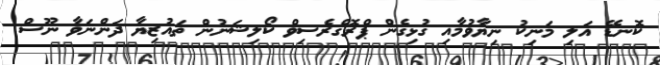
ކޮނޑޭ އަލި މަނިކު ނިޔާވުމާއި ގުޅިގެން ޕްރޮގްރެސިވް ކޯލިޝަނުން ތައުޒިޔާ ދަންނަވާ ނޫސް